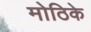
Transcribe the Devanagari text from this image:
मोठिके